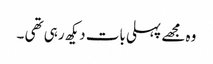
وہ مجھے پہلی بات دیکھ رہی تھی ۔